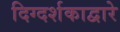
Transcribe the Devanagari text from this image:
दिग्दर्शकाद्वारे